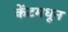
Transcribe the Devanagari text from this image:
केंटमधून